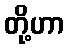
တို့ဟာ